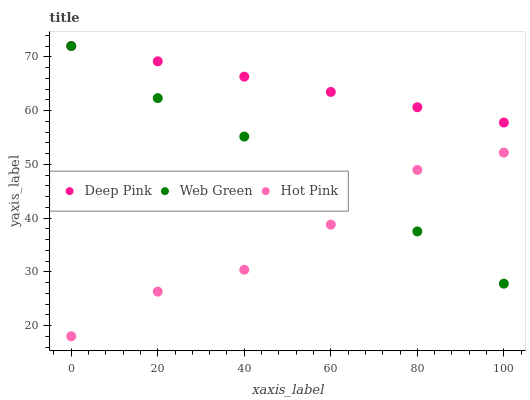
| xaxis_label | Deep Pink | Web Green | Hot Pink |
 | --- | --- | --- | --- |
 | 0 | 72 | 72 | 18 |
 | 20 | 69.2 | 62.3 | 26.3 |
 | 40 | 66.3 | 55.1 | 30.4 |
 | 60 | 63.5 | 44 | 38.8 |
 | 80 | 60.6 | 37.5 | 48.9 |
 | 100 | 57.8 | 27.8 | 52.2 |